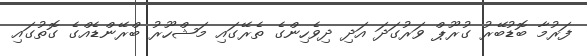
ފަރުމާ ބޮޑުބޭރު ގުރޫޕް ވަރުގަދަ އަދި ދިވެހިންގެ ތެރޭގައި މަޝްހޫރު ބްރޭންޑެއްގެ ގޮތުގައި